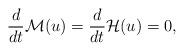
LaTeX: \begin{align*}\frac{d}{dt}\mathcal{M}(u) = \frac{d}{dt}\mathcal{H}(u) = 0,\end{align*}